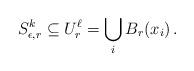
LaTeX: \begin{align*}S^k_{\epsilon,r}\subseteq U^\ell_r = \bigcup_i B_{r}(x_i)\, .\end{align*}